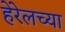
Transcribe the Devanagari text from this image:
हेरेलच्या